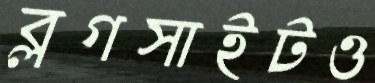
ব্লগসাইটও